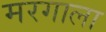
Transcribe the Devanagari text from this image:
मरगाला